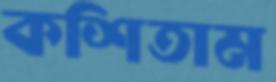
কশিতাম